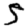
Digit: 5